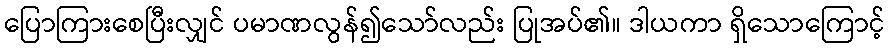
ပြောကြားစေပြီးလျှင် ပမာဏလွန်၍သော်လည်း ပြုအပ်၏။ ဒါယကာ ရှိသောကြောင့်